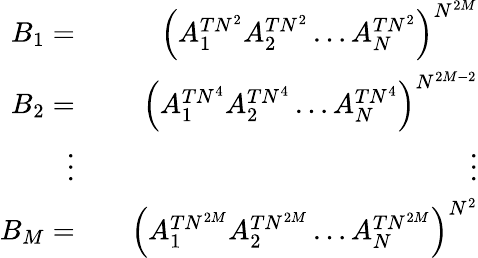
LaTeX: \begin{array}{rlr}{B_{1}=}&{}&{\left(A_{1}^{TN^{2}}A_{2}^{TN^{2}}\dots A_{N}^{TN^{2}}\right)^{N^{2M}}}\\ {B_{2}=}&{}&{\left(A_{1}^{TN^{4}}A_{2}^{TN^{4}}\dots A_{N}^{TN^{4}}\right)^{N^{2M-2}}}\\ {\vdots}&{}&{\vdots}\\ {B_{M}=}&{}&{\left(A_{1}^{TN^{2M}}A_{2}^{TN^{2M}}\dots A_{N}^{TN^{2M}}\right)^{N^{2}}}\end{array}